Lunatic asylums in Bengal annual reports 1912-1924 - 1912-1924
Year: 1912
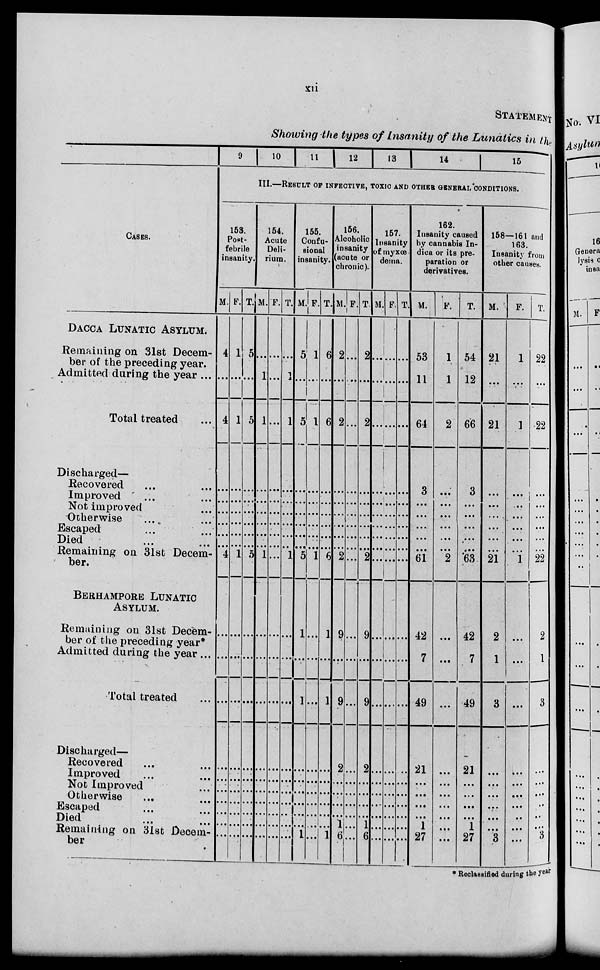
xii
STATEMENT
Showing the types of Insanity of the Lunatics in the
CASES.
DACCA LUNATIC ASYLUM.
Remaining on 31st Decem-
ber of the preceding year.
Admitted during the year ...
Total treated ...
Discharged—
Recovered ... ...
Improved ... ...
Not improved ...
Otherwise ... ...
Escaped ... ...
Died ... ...
Remaining on 31st Decem-
ber.
BERHAMPORE LUNATIC
ASYLUM.
Remaining on 31st Decem-
ber at the preceding year*
Admitted during the year ...
Total treated ...
Discharged—
Recovered ... ...
Improved ... ...
Not Improved ...
Otherwise ... ...
Escaped ... ...
Died ... ...
Remaining on 31st Decem-
ber
9
10
11
12
1 3
14
15
III — RESULT OF INFECTIVE, TOXIC AND OTHER GENERAL CONDITIONS.
153
Post-
febrile
insanity.
M.
4
...
4
...
...
...
...
...
...
4
...
...
...
...
...
...
...
...
...
...
F.
1
...
1
...
...
...
...
...
...
1
...
...
...
...
...
...
...
...
...
...
T.
5
...
5
...
...
...
...
...
...
5
...
...
...
...
...
...
...
...
...
...
154.
Acute
Deli-
rium.
M.
...
1
1
...
...
...
...
...
...
1
...
...
...
...
...
...
...
...
...
...
F.
...
...
...
...
...
...
...
...
...
...
...
...
...
...
...
...
...
...
...
...
T.
...
1
1
...
...
...
...
...
...
1
...
...
...
...
...
...
...
...
...
...
155.
Confu-
sional
insanity.
M.
5
...
5
...
...
...
...
...
...
5
1
...
...
...
...
...
...
...
...
...
F.
1
...
1
...
...
...
...
...
...
1
...
...
1
...
...
...
...
...
...
1
T.
6
...
6
...
...
...
...
...
...
6
1
...
...
...
...
...
...
...
...
...
156.
Alcoholic
insanity
(acute or
chronic)
M.
2
...
2
...
...
...
...
...
...
2
9
...
1
...
...
...
...
...
...
1
F.
...
...
...
...
...
...
...
...
...
...
...
...
9
2
...
...
...
...
1
6
T.
2
...
2
...
...
...
...
...
...
2
9
...
...
...
...
...
...
...
...
...
157
Insanity
of myxœ
dema.
M.
...
...
...
...
...
...
...
...
...
...
...
...
9
2
...
...
...
...
1
6
F.
...
...
...
...
...
...
...
...
...
...
...
...
...
...
...
...
...
...
...
...
T.
...
...
...
...
...
...
...
...
...
...
...
...
...
...
...
...
...
...
...
...
162
Insanity caused
by cannabis In-
dica or its pre-
paration or
derivatives.
M.
53
11
64
3
...
...
...
...
...
61
42
7
49
21
...
...
...
...
1
27
F.
1
1
2
...
...
...
...
...
...
2
...
...
...
...
...
...
...
...
...
...
T.
54
12
66
3
...
...
...
...
...
63
42
7
49
21
...
...
...
...
1
27
158—161 and
163
Insanity from
other causes
M.
21
...
21
...
...
...
...
...
...
21
2
1
3
...
...
...
...
...
...
3
F.
1
...
1
...
...
...
...
...
...
1
...
...
...
...
...
...
...
...
...
...
T.
22
...
22
...
...
...
...
...
...
22
2
1
3
...
...
...
...
...
...
3
* Reclassified during the year